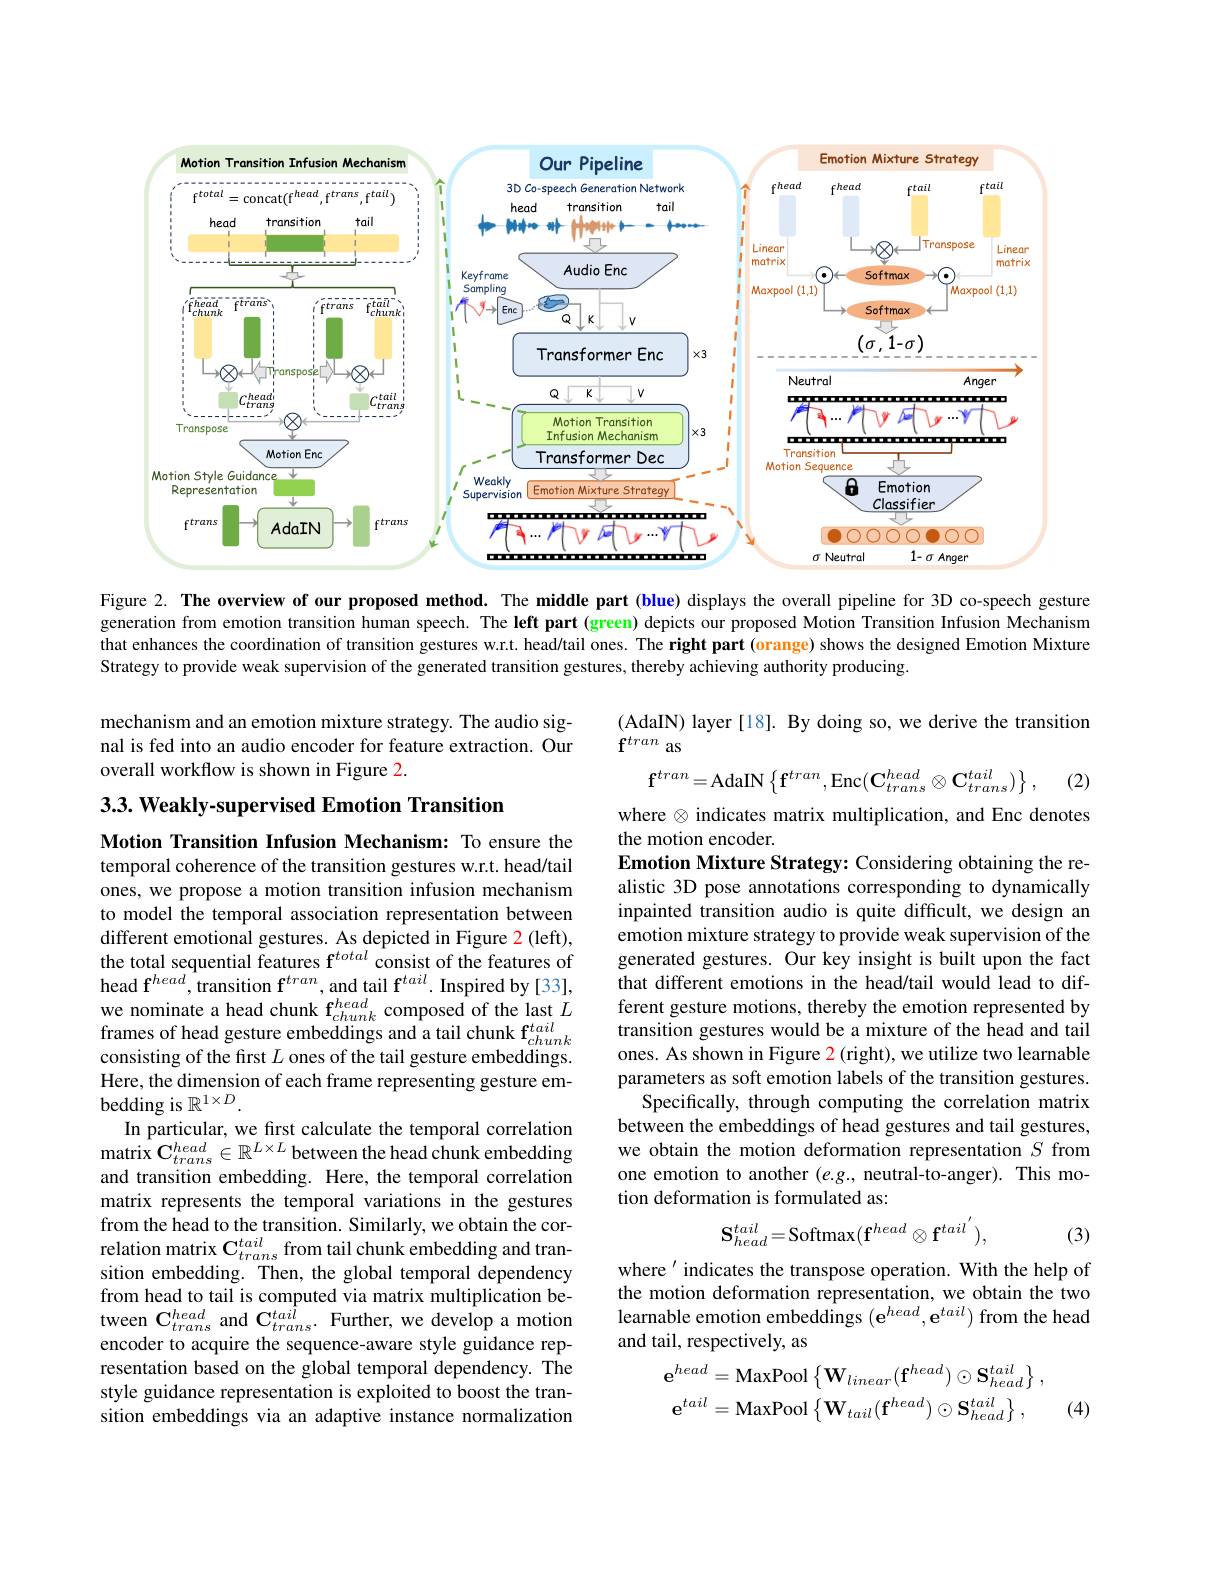
<FigureHere>

Figure 2. The overview of our proposed method. The middle part (blue) displays the overall pipeline for 3D co-speech gesture generation from emotion transition human speech. The left part (green) depicts our proposed Motion Transition Infusion Mechanism that enhances the coordination of transition gestures w.r.t. head/tail ones. The right part (orange) shows the designed Emotion Mixture Strategy to provide weak supervision of the generated transition gestures, thereby achieving authority producing.

(AdaIN) layer[18]. By doing so, we derive the transition
$\dot{\mathbf{f}}^{tran}$ as
$$\mathbf{f}^{tran}=\mathrm{AdaIN}\left\{\mathbf{f}^{tran},\mathrm{Enc}(\mathbf{C}_{trans}^{head}\otimes\mathbf{C}_{trans}^{tail})\right\},$$
mechanism and an emotion mixture strategy. The audio signal is fed into an audio encoder for feature extraction. Our overall workflow is shown in Figure 2

(2)

$3. 3. \textbf{Weakly- supervised Emotion Transition}$

where $\otimes$ indicates matrix multiplication, and Enc denotes
the motion encoder.
Emotion Mixture Strategy: Considering obtaining the realistic 3D pose annotations corresponding to dynamically inpainted transition audio is quite difficult, we design an emotion mixture strategy to provide weak supervision of the generated gestures. Our key insight is built upon the fact that different emotions in the head/tail would lead to different gesture motions, thereby the emotion represented by transition gestures would be a mixture of the head and tail ones. As shown in Figure 2 (right), we utilize two learnable parameters as soft emotion labels of the transition gestures.
Specifically, through computing the correlation matrix between the embeddings of head gestures and tail gestures, we obtain the motion deformation representation $S$ from one emotion to another $(e.g.$, neutral-to-anger). This motion deformation is formulated as:
$$\mathbf{S}_{head}^{tail}=\mathrm{Softmax}(\mathbf{f}^{head}\otimes\mathbf{f}^{tail^{'}}),$$
Motion Transition Infusion Mechanism: To ensure the temporal coherence of the transition gestures w.r.t. head/tail ones, we propose a motion transition infusion mechanism to model the temporal association representation between different emotional gestures. As depicted in Figure 2 (left), the total sequential features $\mathbf{f}^{total}$ consist of the features of $\mathrm{head~f}^{head}$,transition $\mathbf{f}^tran$, and tail f$^tail.$ Inspired by[33], $\begin{array}{l}\mathrm{we~nominate~a~head~chunk~f}_{chunk}^{head}\mathrm{~composed~of~the~last~}L\\\mathrm{frames~of~head~gesture~embeddings~and~a~tail~chunk~f}_{chunk}^{tail}\\\mathrm{consisting~of~the~first~}L\mathrm{~ones~of~the~tail~gesture~embeddinos}\end{array}$ consisting of the first $L$ ones of the tail gesture embeddings. Here, the dimension of each frame representing gesture embedding is $\mathbb{R}^1\times D.$
In particular, we first calculate the temporal correlation $\mathrm{matrix~C}_{trans}^{head}\in\mathbb{R}^{L\times L}$ between the head chunk embedding and transition embedding. Here, the temporal correlation matrix represents the temporal variations in the gestures from the head to the transition. Similarly, we obtain the correlation matrix C$_trans^{tail}$ from tail chunk embedding and transition embedding. Then, the global temporal dependency from head to tail is computed via matrix multiplication between $\mathbf{C}_{trans}^{head}$ and $\mathbf{C}_{trans}^{tail}.$ Further, we develop a motion encoder to acquire the sequence-aware style guidance representation based on the global temporal dependency. The style guidance representation is exploited to boost the transition embeddings via an adaptive instance normalization

(3)

where'indicates the transpose operation. With the help of the motion deformation representation, we obtain the two learnable emotion embeddings $(\mathrm{e}^{head},\mathbf{e}^{tail})$ from the head and tail, respectively, as
$$\mathbf{e}^{head}=\mathrm{MaxPool}\left\{\mathbf{W}_{linear}(\mathbf{f}^{head})\odot\mathbf{S}_{head}^{tail}\right\},\\\mathbf{e}^{tail}=\mathrm{MaxPool}\left\{\mathbf{W}_{tail}(\mathbf{f}^{head})\odot\mathbf{S}_{head}^{tail}\right\},$$
(4)